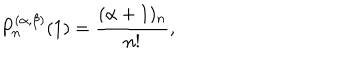
P _ { n } ^ { ( \alpha , \beta ) } ( 1 ) = \frac { ( \alpha + 1 ) _ { n } } { n ! } ,